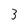
Character: 3